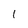
Character: I